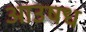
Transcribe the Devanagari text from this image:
आउषध